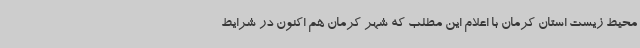
محیط زیست استان کرمان با اعلام این مطلب که شهر کرمان هم اکنون در شرایط